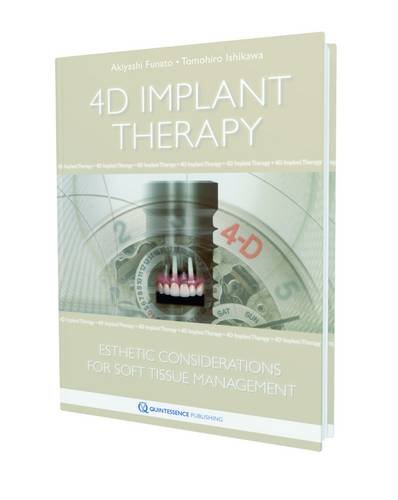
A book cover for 4D Implant Therapy: Esthetic Considerations for Soft-Tissue Management; Akiyashi Funato; Medical Books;